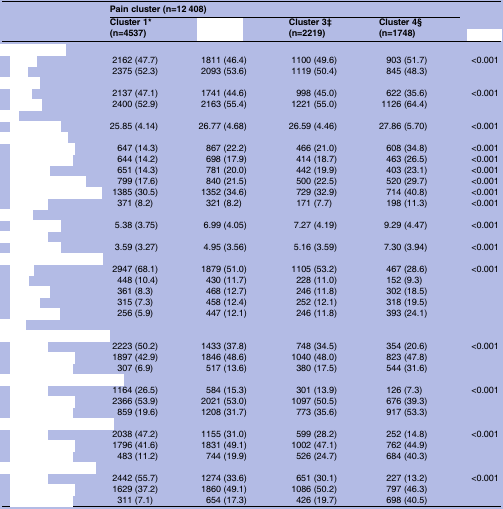
<table><thead><tr><td>[EMPTY_CELL]</td><td colspan="4"><b>Pain cluster (n=12 408)</b></td><td rowspan="2">[EMPTY_CELL]</td></tr><tr><td>[EMPTY_CELL]</td><td><b>Cluster 1* (n=4537)</b></td><td>[EMPTY_CELL]</td><td><b>Cluster 3‡ (n=2219)</b></td><td><b>Cluster 4§ (n=1748)</b></td></tr></thead><tbody><tr><td colspan="6">[EMPTY_CELL]</td></tr><tr><td>[EMPTY_CELL]</td><td>2162 (47.7)</td><td>1811 (46.4)</td><td>1100 (49.6)</td><td>903 (51.7)</td><td>&lt;0.001</td></tr><tr><td>[EMPTY_CELL]</td><td>2375 (52.3)</td><td>2093 (53.6)</td><td>1119 (50.4)</td><td>845 (48.3)</td><td>[EMPTY_CELL]</td></tr><tr><td colspan="6">[EMPTY_CELL]</td></tr><tr><td>[EMPTY_CELL]</td><td>2137 (47.1)</td><td>1741 (44.6)</td><td>998 (45.0)</td><td>622 (35.6)</td><td>&lt;0.001</td></tr><tr><td>[EMPTY_CELL]</td><td>2400 (52.9)</td><td>2163 (55.4)</td><td>1221 (55.0)</td><td>1126 (64.4)</td><td>[EMPTY_CELL]</td></tr><tr><td colspan="6">[EMPTY_CELL]</td></tr><tr><td>[EMPTY_CELL]</td><td>25.85 (4.14)</td><td>26.77 (4.68)</td><td>26.59 (4.46)</td><td>27.86 (5.70)</td><td>&lt;0.001</td></tr><tr><td colspan="6">[EMPTY_CELL]</td></tr><tr><td>[EMPTY_CELL]</td><td>647 (14.3)</td><td>867 (22.2)</td><td>466 (21.0)</td><td>608 (34.8)</td><td>&lt;0.001</td></tr><tr><td>[EMPTY_CELL]</td><td>644 (14.2)</td><td>698 (17.9)</td><td>414 (18.7)</td><td>463 (26.5)</td><td>&lt;0.001</td></tr><tr><td>[EMPTY_CELL]</td><td>651 (14.3)</td><td>781 (20.0)</td><td>442 (19.9)</td><td>403 (23.1)</td><td>&lt;0.001</td></tr><tr><td>[EMPTY_CELL]</td><td>799 (17.6)</td><td>840 (21.5)</td><td>500 (22.5)</td><td>520 (29.7)</td><td>&lt;0.001</td></tr><tr><td>[EMPTY_CELL]</td><td>1385 (30.5)</td><td>1352 (34.6)</td><td>729 (32.9)</td><td>714 (40.8)</td><td>&lt;0.001</td></tr><tr><td>[EMPTY_CELL]</td><td>371 (8.2)</td><td>321 (8.2)</td><td>171 (7.7)</td><td>198 (11.3)</td><td>&lt;0.001</td></tr><tr><td colspan="6">[EMPTY_CELL]</td></tr><tr><td>[EMPTY_CELL]</td><td>5.38 (3.75)</td><td>6.99 (4.05)</td><td>7.27 (4.19)</td><td>9.29 (4.47)</td><td>&lt;0.001</td></tr><tr><td colspan="6">[EMPTY_CELL]</td></tr><tr><td>[EMPTY_CELL]</td><td>3.59 (3.27)</td><td>4.95 (3.56)</td><td>5.16 (3.59)</td><td>7.30 (3.94)</td><td>&lt;0.001</td></tr><tr><td colspan="6">[EMPTY_CELL]</td></tr><tr><td>[EMPTY_CELL]</td><td>2947 (68.1)</td><td>1879 (51.0)</td><td>1105 (53.2)</td><td>467 (28.6)</td><td>&lt;0.001</td></tr><tr><td>[EMPTY_CELL]</td><td>448 (10.4)</td><td>430 (11.7)</td><td>228 (11.0)</td><td>152 (9.3)</td><td>[EMPTY_CELL]</td></tr><tr><td>[EMPTY_CELL]</td><td>361 (8.3)</td><td>468 (12.7)</td><td>246 (11.8)</td><td>302 (18.5)</td><td>[EMPTY_CELL]</td></tr><tr><td>[EMPTY_CELL]</td><td>315 (7.3)</td><td>458 (12.4)</td><td>252 (12.1)</td><td>318 (19.5)</td><td>[EMPTY_CELL]</td></tr><tr><td>[EMPTY_CELL]</td><td>256 (5.9)</td><td>447 (12.1)</td><td>246 (11.8)</td><td>393 (24.1)</td><td>[EMPTY_CELL]</td></tr><tr><td colspan="6">[EMPTY_CELL]</td></tr><tr><td colspan="6">[EMPTY_CELL]</td></tr><tr><td>[EMPTY_CELL]</td><td>2223 (50.2)</td><td>1433 (37.8)</td><td>748 (34.5)</td><td>354 (20.6)</td><td>&lt;0.001</td></tr><tr><td>[EMPTY_CELL]</td><td>1897 (42.9)</td><td>1846 (48.6)</td><td>1040 (48.0)</td><td>823 (47.8)</td><td>[EMPTY_CELL]</td></tr><tr><td>[EMPTY_CELL]</td><td>307 (6.9)</td><td>517 (13.6)</td><td>380 (17.5)</td><td>544 (31.6)</td><td>[EMPTY_CELL]</td></tr><tr><td colspan="6">[EMPTY_CELL]</td></tr><tr><td>[EMPTY_CELL]</td><td>1164 (26.5)</td><td>584 (15.3)</td><td>301 (13.9)</td><td>126 (7.3)</td><td>&lt;0.001</td></tr><tr><td>[EMPTY_CELL]</td><td>2366 (53.9)</td><td>2021 (53.0)</td><td>1097 (50.5)</td><td>676 (39.3)</td><td>[EMPTY_CELL]</td></tr><tr><td>[EMPTY_CELL]</td><td>859 (19.6)</td><td>1208 (31.7)</td><td>773 (35.6)</td><td>917 (53.3)</td><td>[EMPTY_CELL]</td></tr><tr><td colspan="6">[EMPTY_CELL]</td></tr><tr><td>[EMPTY_CELL]</td><td>2038 (47.2)</td><td>1155 (31.0)</td><td>599 (28.2)</td><td>252 (14.8)</td><td>&lt;0.001</td></tr><tr><td>[EMPTY_CELL]</td><td>1796 (41.6)</td><td>1831 (49.1)</td><td>1002 (47.1)</td><td>762 (44.9)</td><td>[EMPTY_CELL]</td></tr><tr><td>[EMPTY_CELL]</td><td>483 (11.2)</td><td>744 (19.9)</td><td>526 (24.7)</td><td>684 (40.3)</td><td>[EMPTY_CELL]</td></tr><tr><td colspan="6">[EMPTY_CELL]</td></tr><tr><td>[EMPTY_CELL]</td><td>2442 (55.7)</td><td>1274 (33.6)</td><td>651 (30.1)</td><td>227 (13.2)</td><td>&lt;0.001</td></tr><tr><td>[EMPTY_CELL]</td><td>1629 (37.2)</td><td>1860 (49.1)</td><td>1086 (50.2)</td><td>797 (46.3)</td><td>[EMPTY_CELL]</td></tr><tr><td>[EMPTY_CELL]</td><td>311 (7.1)</td><td>654 (17.3)</td><td>426 (19.7)</td><td>698 (40.5)</td><td>[EMPTY_CELL]</td></tr></tbody></table>